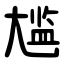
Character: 尴